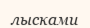
лысками